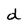
Character: d